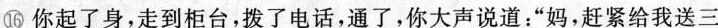
⑯你起了身，走到柜台，拨了电话，通了，你大声说道：“妈，赶紧给我送三